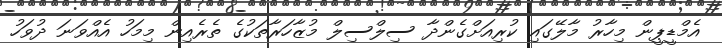
އެމްޑީޕީން މިހާރު މާލޭގައި ކުރިއަށްގެންދާ ސިލްސިލް މުޒާހަރާތަކުގެ ތެރެއިން މިމަހު އެއްވަނަ ދުވަހު